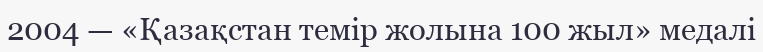
2004 — «Қазақстан темір жолына 100 жыл» медалі